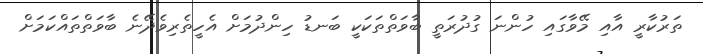
ތަރުކާރީ އާއި މޭވާގައި ހުންނަ ގުދުރަތީ ބާވަތްތަކަކީ ބަނޑު ހިންދުމަށް އެހީތެރިވެދޭނެ ބާވަތްތައްކަމަށް